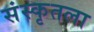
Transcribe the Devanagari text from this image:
संस्कृतला